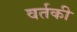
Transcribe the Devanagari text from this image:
वर्तकी